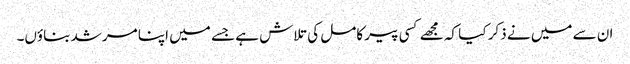
ان سے میں نے ذکر کیا کہ مجھے کسی پیر کامل کی تلاش ہے جسے میں اپنا مرشد بناؤں۔